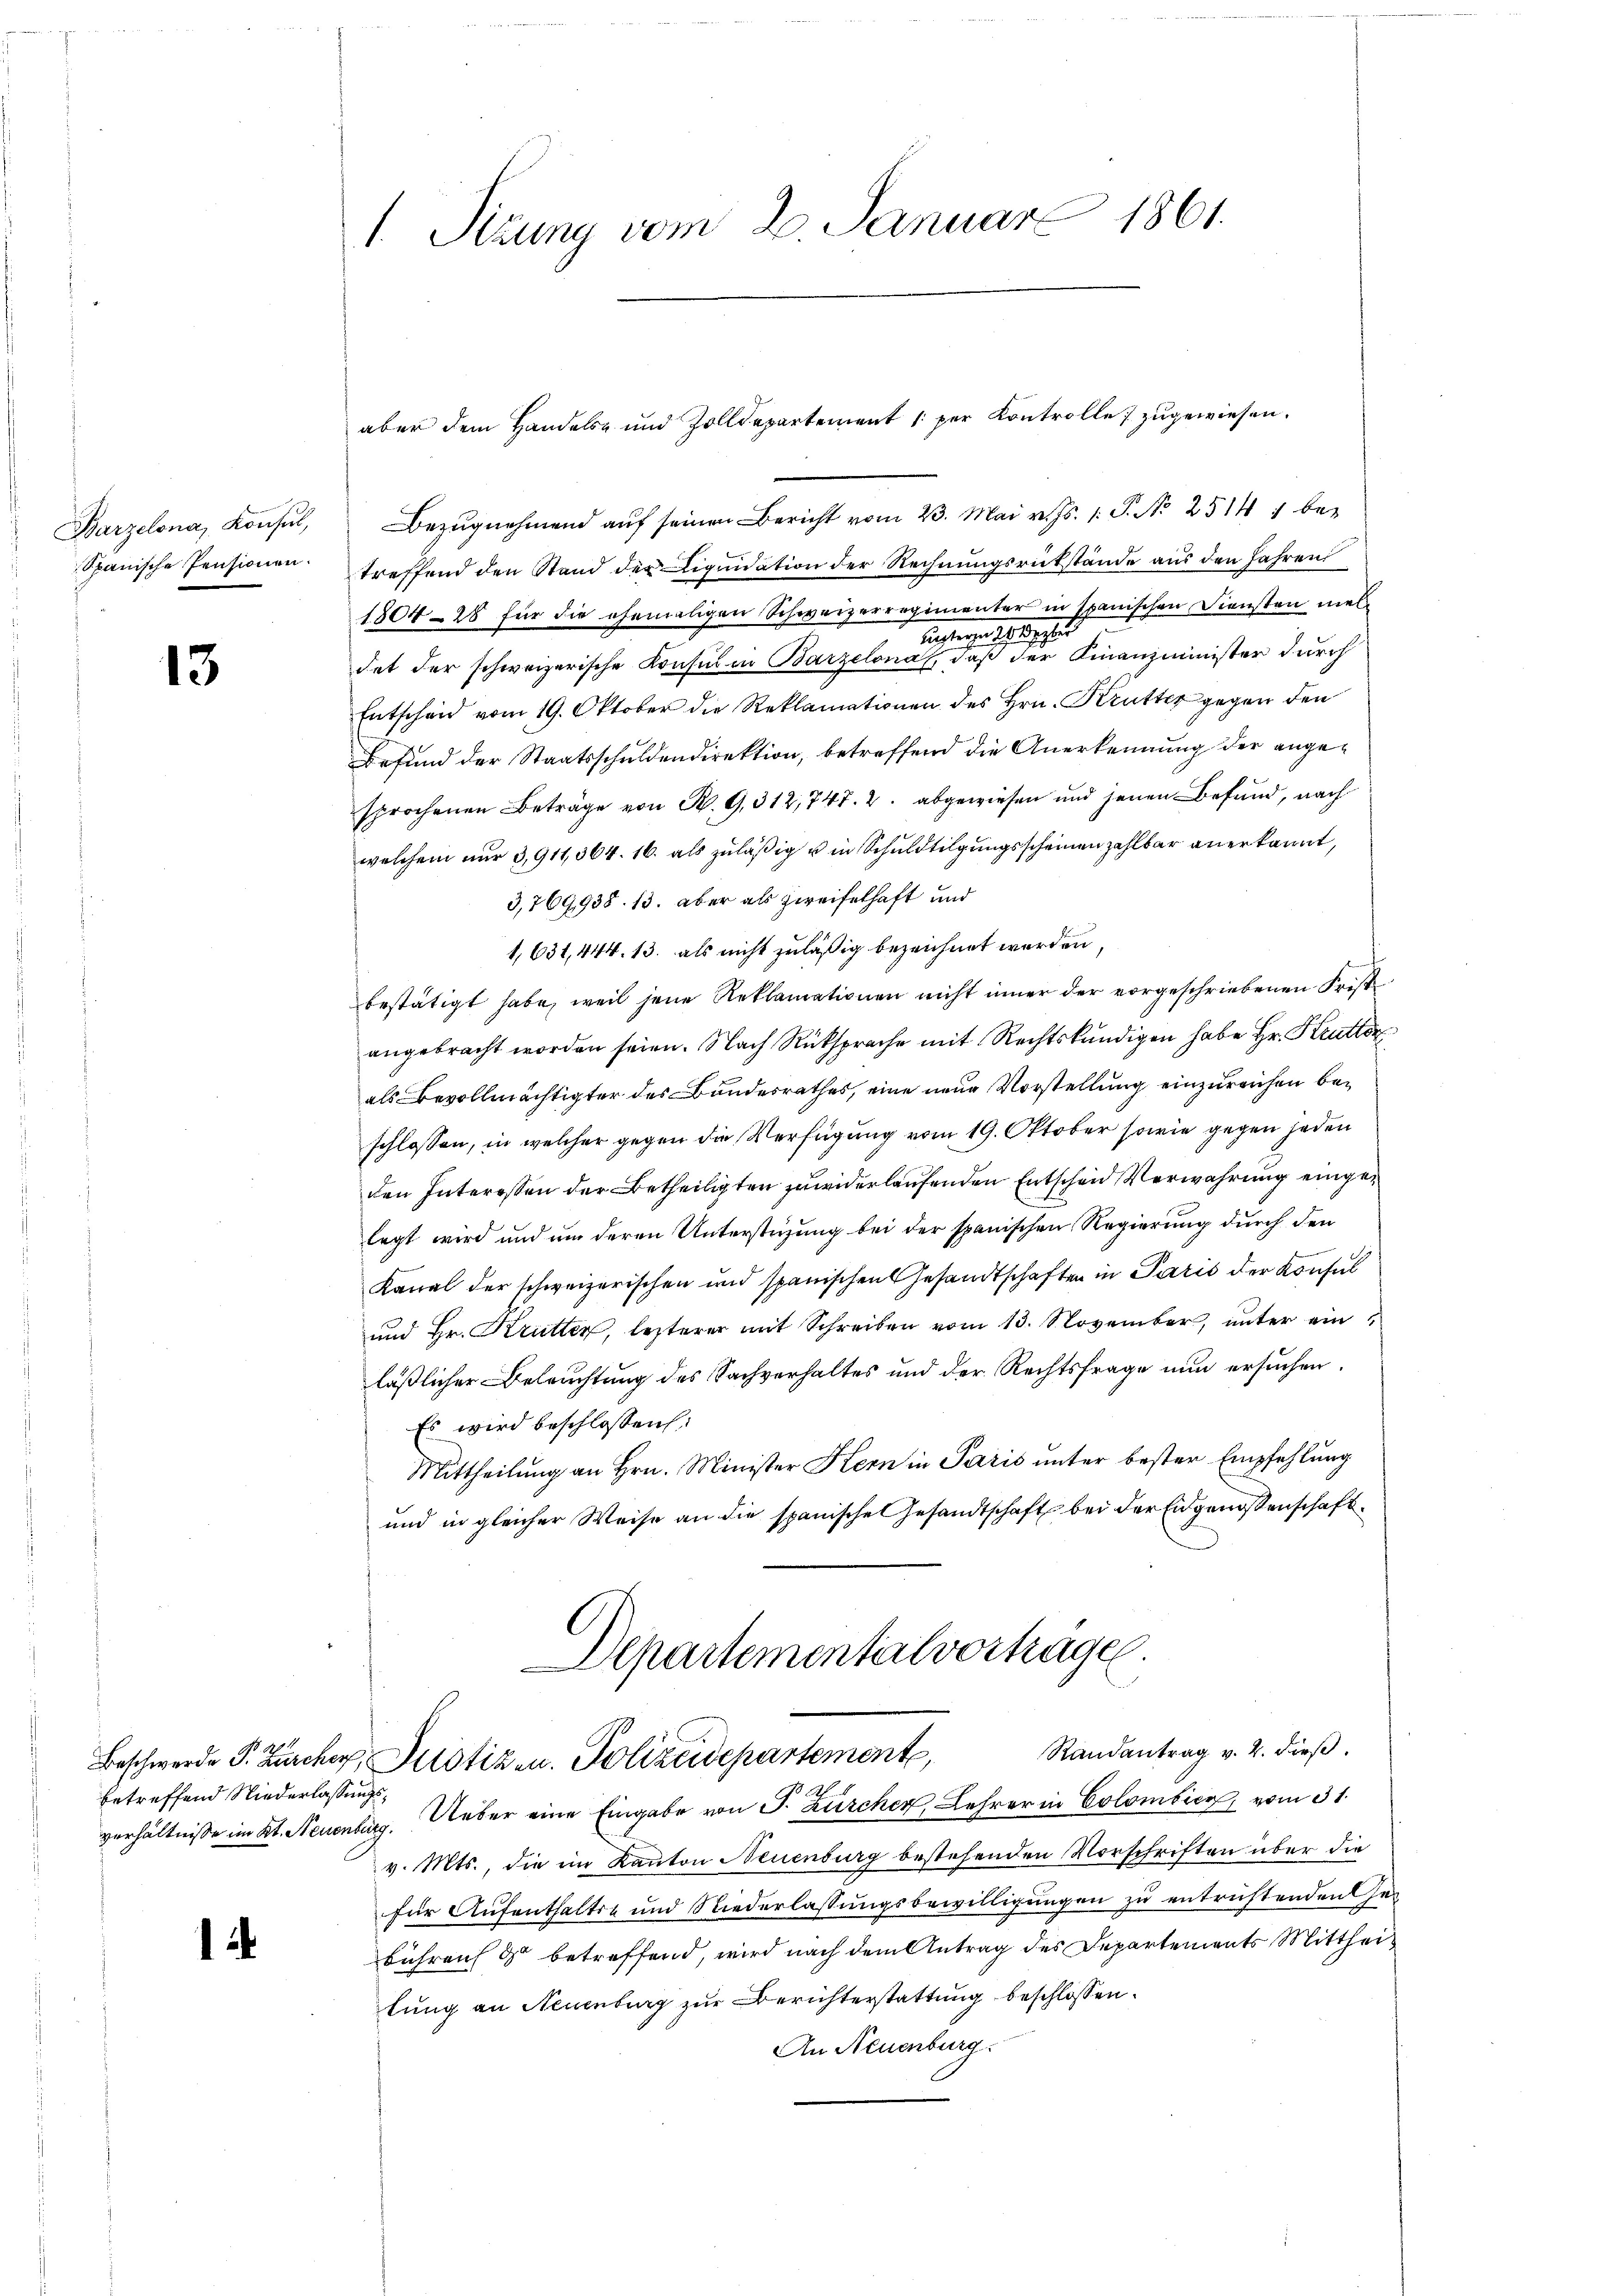
Barzelona, Konsul,
Spanische Pensionen.

13

betreffend Niederlassungs¬

1

1 Sizung vom 2. Januar 1861.

Bezŭgnehmend auf seinen Bericht vom 23. Mai v. Js. 1. P. Nr. 2514 betreffend den Stand der Liquidation der Rechnungsrükstände aus den Jahren
180428 für die ehemaligen Schweizerregimenter in spanischen Diensten mel¬
1
n.
.
det der schweizerische Konsul in Barzelona, daß der Finanzminister durch
Entscheid vom 19. Oktober die Reklamationen des Hrn. Krutter gegen den
Befund der Staatsschuldendirektion, betreffend die Anerkennung der angesprochenen Beträge von R. G. 312, 747. 2. abgewiesen und jenen Befund, nach
welchem nur 3,911,364. 16. als zuläßig u in Schuldtilgungsscheinen zahlbar anerkannt,
3,769,938. 13. aber als zweifelhaft und
1,631, 444. 13. als nicht zuläßig bezeichnet werden,
bestätigt habe, weil jene Reklamationen nicht inner der vorgeschriebenen Frist
angebracht worden seien. Nach Rücksprache mit Rechtskundigen habe Hr. Kruttor
als Bevollmächtigter des Bundesrathes, eine neue Vorstellung einzureichen beschlossen, in welcher gegen die Verfügung vom 19. Oktober sowie gegen jeden
den Interessen der Betheiligten zuwiderlaufenden Entschen Verwahrung eingelegt wird und um deren Unterstüzung bei der spanischen Regierung durch den
Kanal der schweizerischen und spanischen Gesandtschaften in Paris der Konsul
und Hr. Krutter, lezterer mit Schreiben vom 13. November, unter ein
läßlicher Beleuchtung des Sachverhaltes und der Rechtsfrage nun ersuchen.
Es wird beschlossen:
Mittheilung an Hrn. Minister Hern in Paris unter bester Empfehlung
und in gleicher Weise an die spanische Gesandtschaft bei der Eidgenossenschaft¬
Departementalvertragen.
Randantrag v. 2. dieß.
Beschwerde P. Zürcher, Justiz u. Polizeidepartemente,
verhältnisse im Kt. Neuenburg. Ueber eine Eingabe von J. Zürcher, Lehrer in Colombien, vom 31.
v. Mts., die ein Kanton Neuenburg bestehenden Vorschriften über die
für Aufenthalts- und Niederlassungsbewilligungen zu entrichtenden Gebühren ds betreffend, wird nach dem Antrag des Departements Mittheilung an Neuenburg zur Berichterstattung beschlossen:
An Neuenburg.

aber dem Handels- und Zolldepartement 1 per Kontrolle; zugewiesen.